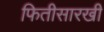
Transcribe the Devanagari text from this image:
फितीसारखी